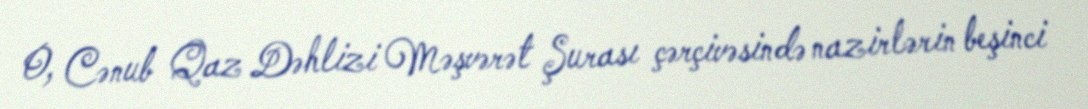
O, Cənub Qaz Dəhlizi Məşvərət Şurası çərçivəsində nazirlərin beşinci